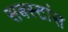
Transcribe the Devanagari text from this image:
सबस्टांस